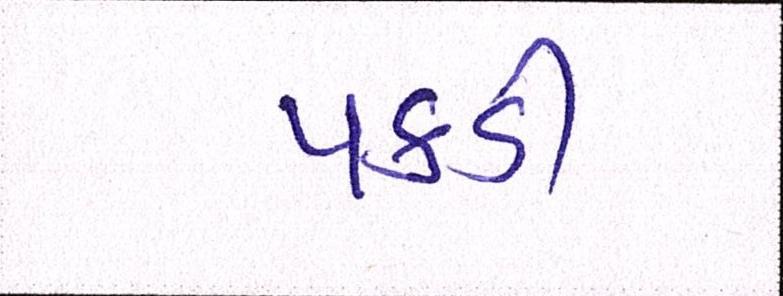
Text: પકડી